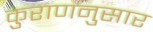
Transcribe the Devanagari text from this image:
कुराणनुसार